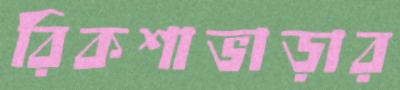
রিকশাভাড়ার